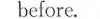
before.